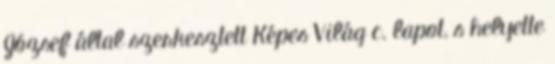
József által szerkesztett Képes Világ c. lapot, s helyette